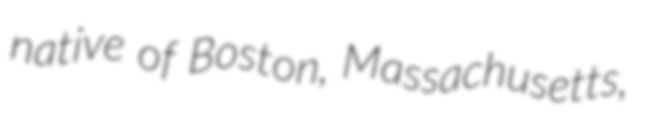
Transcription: native of Boston, Massachusetts,